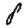
Digit: 8